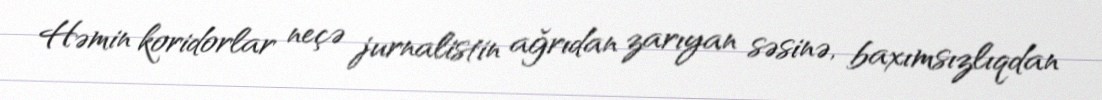
Həmin koridorlar neçə jurnalistin ağrıdan zarıyan səsinə, baxımsızlıqdan